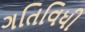
ગતિવિધી